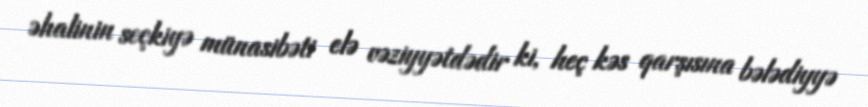
əhalinin seçkiyə münasibəti elə vəziyyətdədir ki, heç kəs qarşısına bələdiyyə